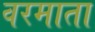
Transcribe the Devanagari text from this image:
वरमाता